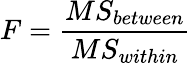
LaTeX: F={\frac{MS_{between}}{MS_{within}}}